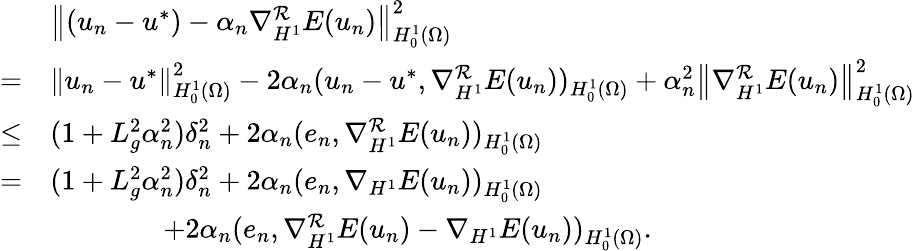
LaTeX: \begin{array}{rl}&{\left\Vert(u_{n}-u^{*})-\alpha_{n}\nabla_{H^{1}}^{\mathcal{R}}E(u_{n})\right\Vert_{H_{0}^{1}(\Omega)}^{2}}\\ {=}&{\left\Vert u_{n}-u^{*}\right\Vert_{H_{0}^{1}(\Omega)}^{2}-2\alpha_{n}(u_{n}-u^{*},\nabla_{H^{1}}^{\mathcal{R}}E(u_{n}))_{H_{0}^{1}(\Omega)}+\alpha_{n}^{2}\left\Vert\nabla_{H^{1}}^{\mathcal{R}}E(u_{n})\right\Vert_{H_{0}^{1}(\Omega)}^{2}}\\ {\leq}&{(1+L_{g}^{2}\alpha_{n}^{2})\delta_{n}^{2}+2\alpha_{n}(e_{n},\nabla_{H^{1}}^{\mathcal{R}}E(u_{n}))_{H_{0}^{1}(\Omega)}}\\ {=}&{(1+L_{g}^{2}\alpha_{n}^{2})\delta_{n}^{2}+2\alpha_{n}(e_{n},\nabla_{H^{1}}E(u_{n}))_{H_{0}^{1}(\Omega)}}\\ &{\qquad\qquad+2\alpha_{n}(e_{n},\nabla_{H^{1}}^{\mathcal{R}}E(u_{n})-\nabla_{H^{1}}E(u_{n}))_{H_{0}^{1}(\Omega)}.}\end{array}